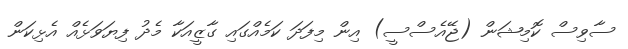
ސާވިސް ކޮމިޝަން (ޖޭއެސްސީ) އިން މިފަދަ ކަމެއްގައި ގާޒީއަކާ މެދު ފިޔަވަޅެއް އެޅިކަން